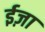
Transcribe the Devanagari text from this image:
ईज़ा